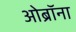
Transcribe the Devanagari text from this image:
ओब्रॉना